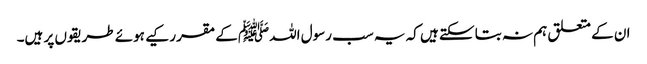
ان کے متعلق ہم نہ بتا سکتے ہیں کہ یہ سب رسول اللہﷺ کے مقرر کیے ہوئے طریقوں پر ہیں۔